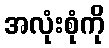
အလုံးစုံကို